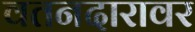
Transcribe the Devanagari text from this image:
वतनदारावर